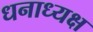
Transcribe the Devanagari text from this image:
धनाध्यक्ष